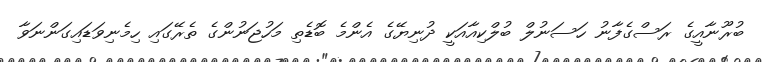
ބުރޫނާއީގެ ރަސްގެފާނު ހަސަނުލް ބުލްކިއާއަކީ ދުނިޔޭގެ އެންމެ ބޮޑެތި މަހުޖަނުންގެ ތެރޭގައި ހިމެނިވަޑައިގަންނަވާ